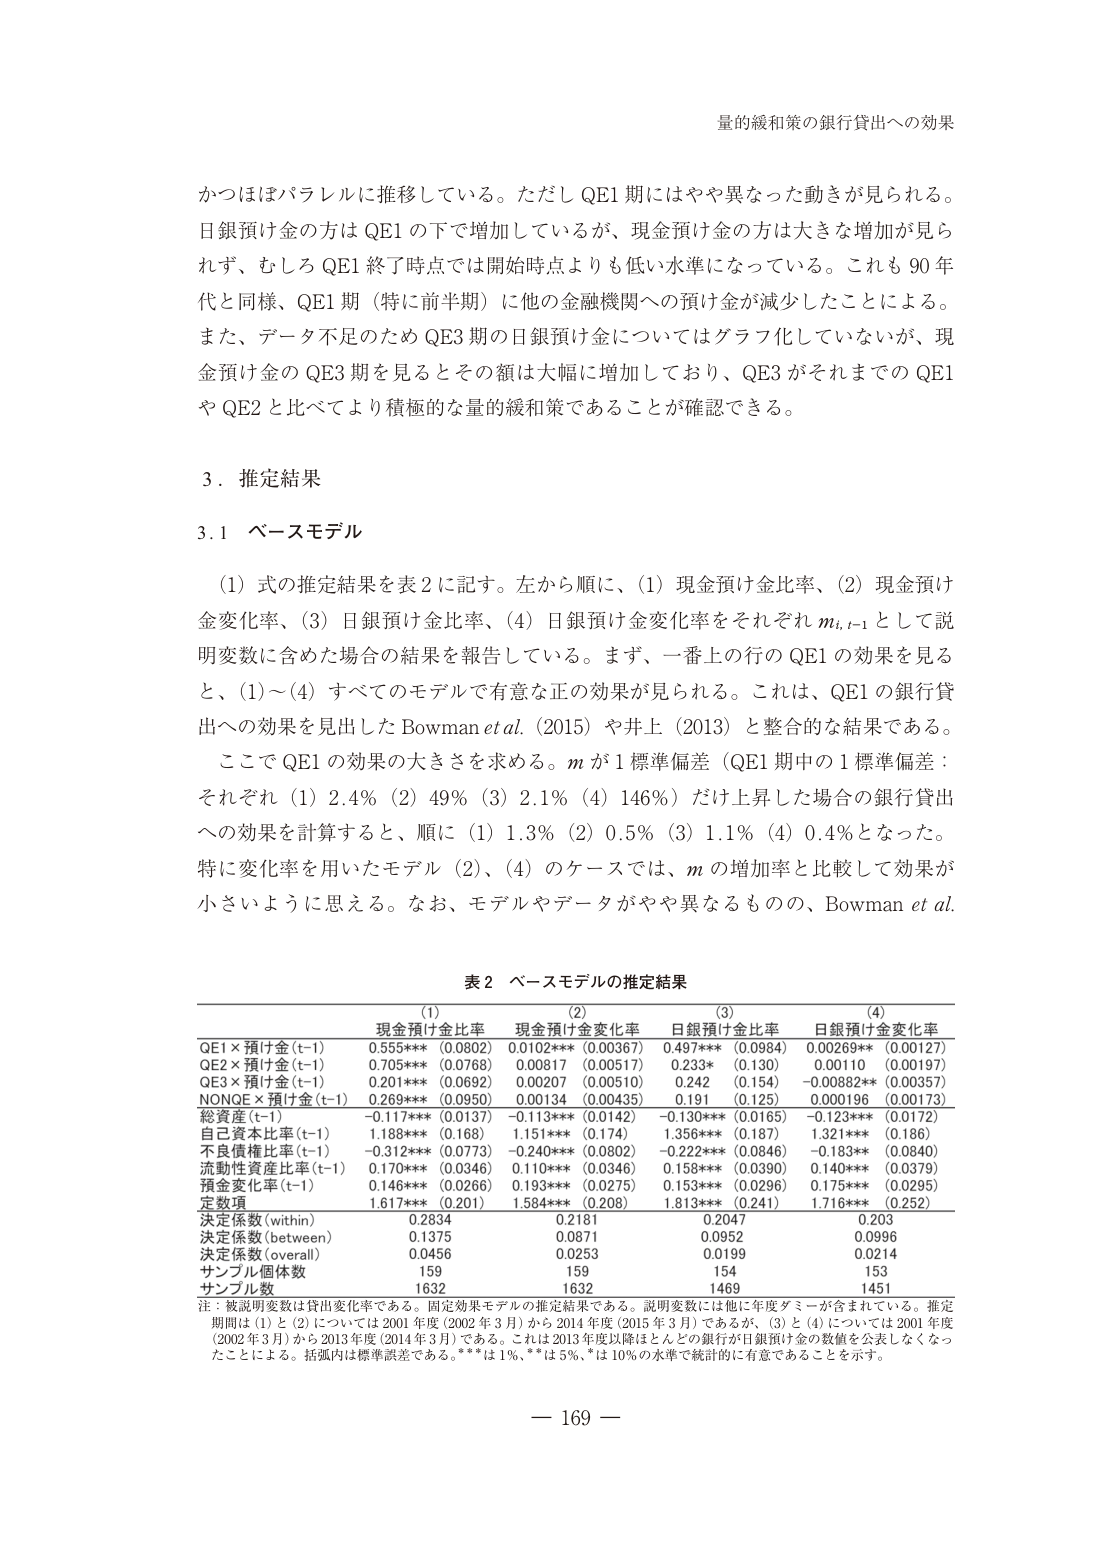
量的緩和策の銀行貸出への効果

かつほぼパラレルに推移している。ただし QE1 期にはやや異なった動きが見られる。日銀預け金の方は QE1 の下で増加しているが、現金預け金の方は大きな増加が見られず、むしろ QE1 終了時点では開始時点よりも低い水準になっている。これも 90 年代と同様、QE1 期（特に前半期）に他の金融機関への預け金が減少したことによる。また、データ不足のため QE3 期の日銀預け金についてはグラフ化していないが、現金預け金の QE3 期を見るとその額は大幅に増加しており、QE3 がそれまでの QE1 や QE2 と比べてより積極的な量的緩和策であることが確認できる。

3．推定結果

3.1 ベースモデル

（1）式の推定結果を表 2 に記す。左から順に、（1）現金預け金比率、（2）現金預け金変化率、（3）日銀預け金比率、（4）日銀預け金変化率をそれぞれ m_i, t-1 として説明変数に含めた場合の結果を報告している。まず、一番上の行の QE1 の効果を見ると、（1）～（4）すべてのモデルで有意な正の効果が見られる。これは、QE1 の銀行貸出への効果を見出した Bowman et al.（2015）や井上（2013）と整合的な結果である。

ここで QE1 の効果の大きさを求める。m が 1 標準偏差（QE1 期中の 1 標準偏差：それぞれ（1）2.4%（2）49%（3）2.1%（4）146%）だけ上昇した場合の銀行貸出への効果を計算すると、順に（1）1.3%（2）0.5%（3）1.1%（4）0.4%となった。特に変化率を用いたモデル（2）、（4）のケースでは、m の増加率と比較して効果が小さいように思える。なお、モデルやデータがやや異なるものの、Bowman et al.

表 2 ベースモデルの推定結果

(1) 現金預け金比率
(2) 現金預け金変化率
(3) 日銀預け金比率
(4) 日銀預け金変化率

QE1×預け金(t-1) 0.555*** (0.0802) 0.0102*** (0.00367) 0.497*** (0.0984) 0.00269*** (0.00127)
QE2×預け金(t-1) 0.705*** (0.0768) 0.00817 (0.00517) 0.233* (0.130) 0.00110 (0.00197)
QE3×預け金(t-1) 0.201*** (0.0692) 0.00207 (0.00510) 0.242 (0.154) -0.00882** (0.00357)
NONE×預け金(t-1) 0.269*** (0.0950) 0.00134 (0.00435) 0.191 (0.125) 0.000196 (0.00173)

総資産(t-1) -0.117*** (0.0137) -0.113*** (0.0142) -0.130*** (0.0165) -0.123*** (0.0172)
自己資本比率(t-1) 1.188*** (0.168) 1.151*** (0.174) 1.356*** (0.187) 1.321*** (0.186)
不良債権比率(t-1) -0.312*** (0.0773) -0.240*** (0.0802) -0.222*** (0.0846) -0.183** (0.0840)
流動性資産比率(t-1) 0.170*** (0.0346) 0.110*** (0.0346) 0.158*** (0.0390) 0.140*** (0.0379)
預金変化率(t-1) 0.146*** (0.0266) 0.193*** (0.0275) 0.153*** (0.0296) 0.175*** (0.0295)
定数項 1.617*** (0.201) 1.584*** (0.208) 1.813*** (0.241) 1.716*** (0.252)

決定係数(within) 0.2834 0.2181 0.2047 0.203
決定係数(between) 0.1375 0.0871 0.0952 0.0996
決定係数(overall) 0.0456 0.0253 0.0199 0.0214
サンプル個体数 159 159 154 153
サンプル数 1632 1632 1469 1451

注：被説明変数は貸出変化率である。固定効果モデルの推定結果である。説明変数には他に年度ダミーが含まれている。推定期間は（1）と（2）については 2001 年度（2002 年 3 月）から 2014 年度（2015 年 3 月）であるが、（3）と（4）については 2001 年度（2002 年 3 月）から 2013 年度（2014 年 3 月）である。これは 2013 年度以降ほとんどの銀行が日銀預け金の数値を公表しなくなったことによる。括弧内は標準誤差である。***は 1%、**は 5%、*は 10% の水準で統計的に有意であることを示す。

— 169 —